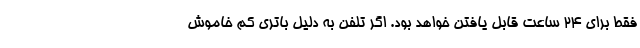
فقط برای ۲۴ ساعت قابل یافتن خواهد بود. اگر تلفن به دلیل باتری کم خاموش